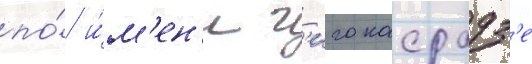
по́ и́м'ен'и г'иго касрадз'е